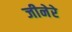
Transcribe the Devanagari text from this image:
जीनेरे